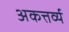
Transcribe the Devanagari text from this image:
अकत्तर्व्य